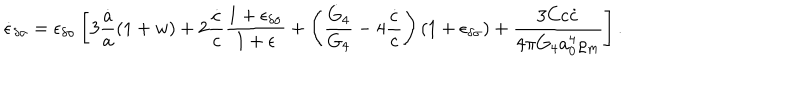
\dot { \epsilon } _ { \delta \sigma } = \epsilon _ { \delta \sigma } \left[ 3 { \frac { \dot { a } } { a } } ( 1 + w ) + 2 { \frac { \dot { c } } { c } } { \frac { 1 + \epsilon _ { \delta \sigma } } { 1 + \epsilon } } + \left( { \frac { \dot { G } _ { 4 } } { G _ { 4 } } } - 4 { \frac { \dot { c } } { c } } \right) ( 1 + \epsilon _ { \delta \sigma } ) + { \frac { 3 C c \dot { c } } { 4 \pi G _ { 4 } a _ { 0 } ^ { 4 } \varrho _ { m } } } \right] .